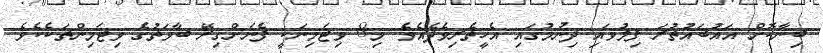
ބިނާކޮށް އައުބައުތުރަ ފިލުވައި ދިނުމުގައި އެހީތެރިވެދެއެވެ. މި8 ވިޓަމިނަކީ ފެނަށްގިރޭ ބާވަތުގެ ވިޓަމިންތަކެކެވެ.